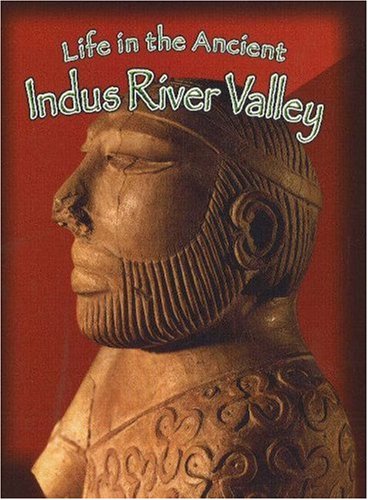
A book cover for Life In The Ancient Indus River Valley (Peoples of the Ancient World); Hazel Richardson; Children's Books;